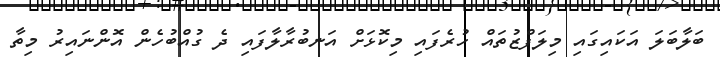
ބަލާބަލަ އަކައިގައި މިލަފްޒުތައް ހުރެފައި މިކޮޅަށް އަނބުރާލާފައި ދެ ގުއްބުހެން އޮންނައިރު މިތާ